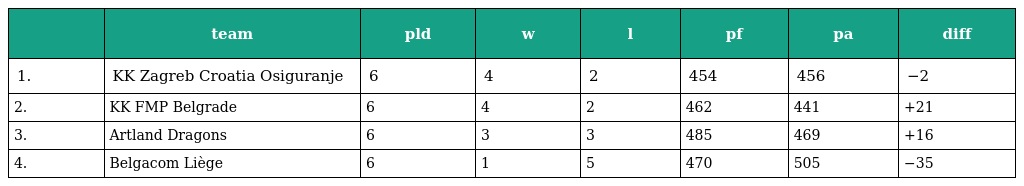
|  | team | pld | w | l | pf | pa | diff |
 | --- | --- | --- | --- | --- | --- | --- | --- |
 | 1. | KK Zagreb Croatia Osiguranje | 6 | 4 | 2 | 454 | 456 | −2 |
 | 2. | KK FMP Belgrade | 6 | 4 | 2 | 462 | 441 | +21 |
 | 3. | Artland Dragons | 6 | 3 | 3 | 485 | 469 | +16 |
 | 4. | Belgacom Liège | 6 | 1 | 5 | 470 | 505 | −35 |